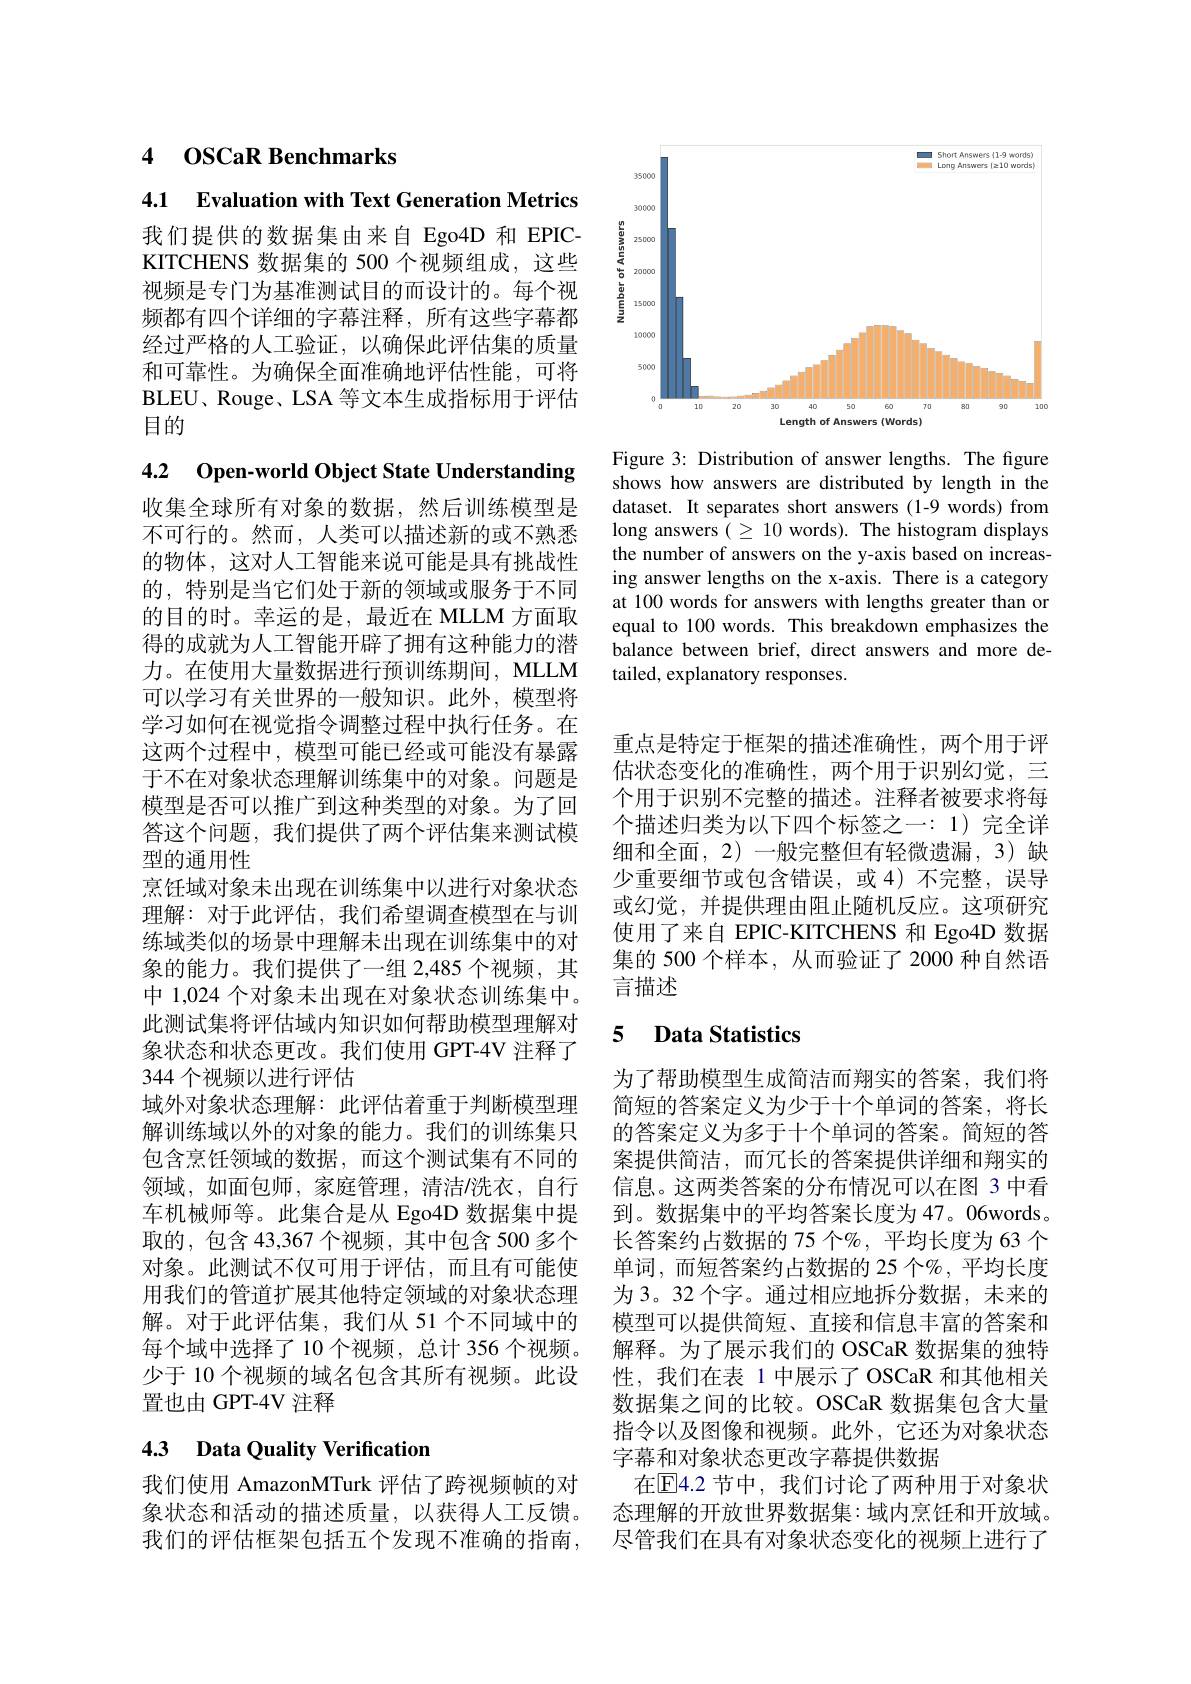
<FigureHere>

Figure 3: Distribution of answer lengths. The figure shows how answers are distributed by length in the dataset. It separates short answers (1-9 words) from long answers( $\geq10$ words). The histogram displays the number of answers on the y-axis based on increasing answer lengths on the x-axis. There is a category at 100 words for answers with lengths greater than or equal to 100 words. This breakdown emphasizes the balance between brief, direct answers and more detailed, explanatory responses.

4 OSCaR Benchmarks

4.1 Evaluation with Text Generation Metrics

我们提供的数据集由来自 Ego4D 和 EPICKITCHENS 数据集的 500 个视频组成，这些视频是专门为基准测试目的而设计的。每个视频都有四个详细的字幕注释，所有这些字幕都经过严格的人工验证，以确保此评估集的质量和可靠性。为确保全面准确地评估性能，可将BLEU、Rouge、LSA 等文本生成指标用于评估目的

4.2 Open-world Object State Understanding

收集全球所有对象的数据，然后训练模型是不可行的。然而，人类可以描述新的或不熟悉的物体，这对人工智能来说可能是具有挑战性的，特别是当它们处于新的领域或服务于不同的目的时。幸运的是，最近在 MLLM 方面取得的成就为人工智能开辟了拥有这种能力的潜力。在使用大量数据进行预训练期间，MLLM 可以学习有关世界的一般知识。此外，模型将学习如何在视觉指令调整过程中执行任务。在这两个过程中，模型可能已经或可能没有暴露于不在对象状态理解训练集中的对象。问题是模型是否可以推广到这种类型的对象。为了回答这个问题，我们提供了两个评估集来测试模型的通用性
烹饪域对象未出现在训练集中以进行对象状态理解：对于此评估，我们希望调查模型在与训练域类似的场景中理解未出现在训练集中的对象的能力。我们提供了一组 2,485 个视频，其中 1,024 个对象未出现在对象状态训练集中。此测试集将评估域内知识如何帮助模型理解对象状态和状态更改。我们使用 GPT-4V 注释了344 个视频以进行评估
域外对象状态理解：此评估着重于判断模型理解训练域以外的对象的能力。我们的训练集只包含烹饪领域的数据，而这个测试集有不同的领域，如面包师，家庭管理，清洁/洗衣，自行车机械师等。此集合是从 Ego4D 数据集中提取的，包含 43,367 个视频，其中包含 500 多个对象。此测试不仅可用于评估，而且有可能使用我们的管道扩展其他特定领域的对象状态理解。对于此评估集，我们从 51 个不同域中的每个域中选择了10 个视频，总计 356 个视频。少于 10 个视频的域名包含其所有视频。此设置也由 GPT-4V 注释

# 4.3 Data Quality Verification

我们使用 AmazonMTurk 评估了跨视频帧的对

重点是特定于框架的描述准确性，两个用于评估状态变化的准确性，两个用于识别幻觉，三个用于识别不完整的描述。注释者被要求将每个描述归类为以下四个标签之一：1)完全详细和全面，2)一般完整但有轻微遗漏，3)缺少重要细节或包含错误，或 4) 不完整，误导或幻觉，并提供理由阻止随机反应。这项研究使用了来自 EPIC-KITCHENS 和 Ego4D 数据集的 500 个样本，从而验证了 2000 种自然语言描述

# 5 Data Statistics

为了帮助模型生成简洁而翔实的答案，我们将简短的答案定义为少于十个单词的答案，将长的答案定义为多于十个单词的答案。简短的答案提供简洁，而冗长的答案提供详细和翔实的信息。这两类答案的分布情况可以在图 3 中看到。数据集中的平均答案长度为 47。06words。长答案约占数据的 75 个%,平均长度为 63 个单词，而短答案约占数据的 25 个%,平均长度为 3。32 个字。通过相应地拆分数据，未来的模型可以提供简短、直接和信息丰富的答案和解释。为了展示我们的 OSCaR 数据集的独特性，我们在表 1 中展示了 OSCaR 和其他相关数据集之间的比较。OSCaR 数据集包含大量指令以及图像和视频。此外，它还为对象状态字幕和对象状态更改字幕提供数据
在$\overline{\mathrm{E}}$4.2 节中，我们讨论了两种用于对象状
象状态和活动的描述质量，以获得人工反馈。态理解的开放世界数据集：域内烹饪和开放域。我们的评估框架包括五个发现不准确的指南，尽管我们在具有对象状态变化的视频上进行了